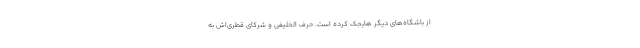
از باشگاه‌های دیگر هایجک کرده است. حرف الخلیفی و شرکای قطری‌اش به‌